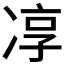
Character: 𭂓